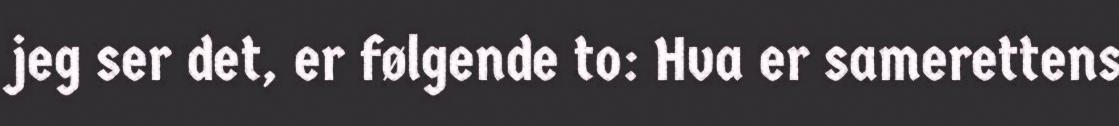
jeg ser det, er følgende to: Hva er samerettens